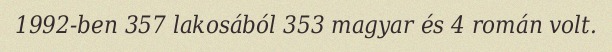
1992-ben 357 lakosából 353 magyar és 4 román volt.